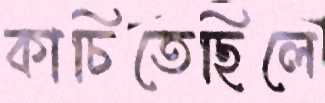
কাচিতেছিলে